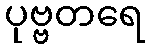
ပုဗ္ဗတရေ